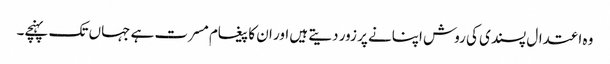
وہ اعتدال پسندی کی روش اپنانے پر زور دیتے ہیں اور ان کا پیغام مسرت ہے جہاں تک پہنچے۔